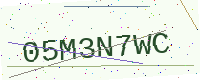
Text: 05M3N7WC